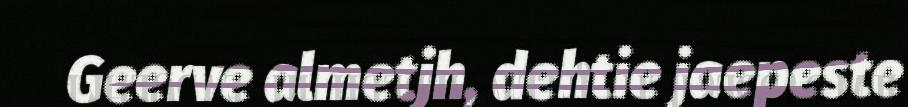
Geerve almetjh, dehtie jaepeste